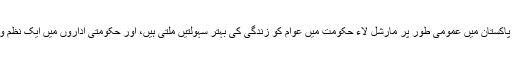
لیکن بدقسمتی سے پاکستان میں عمومی طور پر مارشل لاء حکومت میں عوام کو زندگی کی بہتر سہولتیں ملتی ہیں، اور حکومتی اداروں میں ایک نظم و ضبط نظر آتا ہے۔